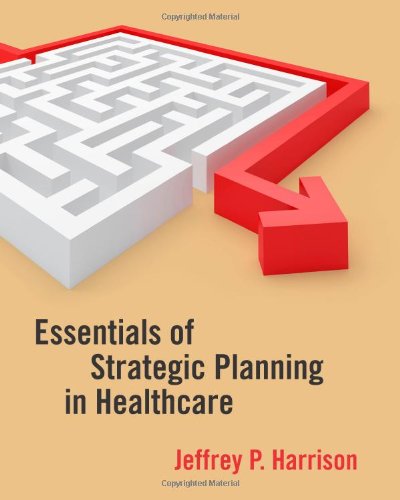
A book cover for Essentials of Strategic Planning in Healthcare; Jeffrey P. Harrison; Medical Books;